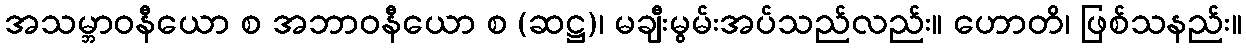
အသမ္ဘာဝနီယော စ အဘာဝနီယော စ (ဆဋ္ဌ)၊ မချီးမွမ်းအပ်သည်လည်း။ ဟောတိ၊ ဖြစ်သနည်း။